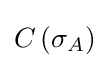
C\left(\sigma _{A}\right)